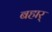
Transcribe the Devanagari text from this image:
बहार्